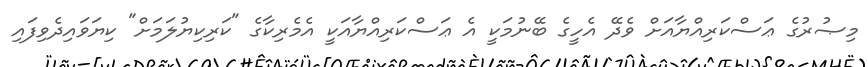
މިޞުރުގެ ޢަސްކަރިއްޔާއަށް ވެދޭ އެހީގެ ބޭނުމަކީ އެ ޢަސްކަރިއްޔާއަކީ އެމެރިކާގެ "ކަރިކިޔުލަމަށް" ކިޔަވައިދެވިފައި